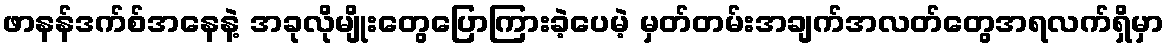
ဖာနန်ဒက်စ်အနေနဲ့ အခုလိုမျိုးတွေပြောကြားခဲ့ပေမဲ့ မှတ်တမ်းအချက်အလတ်တွေအရလက်ရှိမှာ